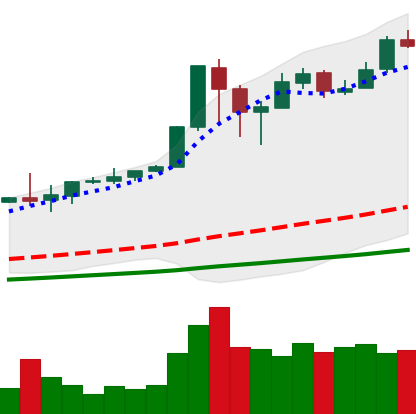
Ticker: BTC-USD
Chart end date: 2017-12-17
Forward return: -27.737%
Label: down_7plus